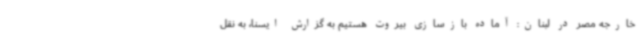
خارجه مصر در لبنان: آماده بازسازی بیروت هستیم به گزارش ایسنا، به نقل